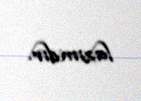
lazımdır.